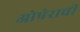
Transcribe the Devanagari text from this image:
ओपेराची